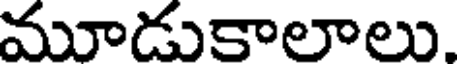
మూడుకాలాలు.